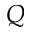
Q